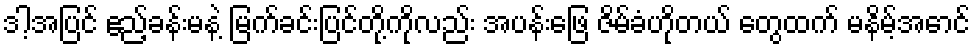
ဒါ့အပြင် ဧည့်ခန်းမနဲ့ မြက်ခင်းပြင်တို့ကိုလည်း အပန်းဖြေ ဇိမ်ခံဟိုတယ် တွေထက် မနိမ့်အောင်